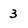
Character: 3